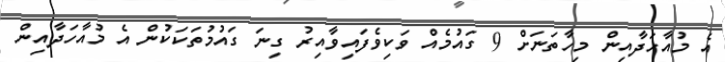
އެ މުއާހަދާއިން މިހާތަނަށް 9 ގައުމެއް ވަކިވެފައިވާއިރު ގިނަ ގައުމުތަކަކުން އެ މުއާހަދާއިން